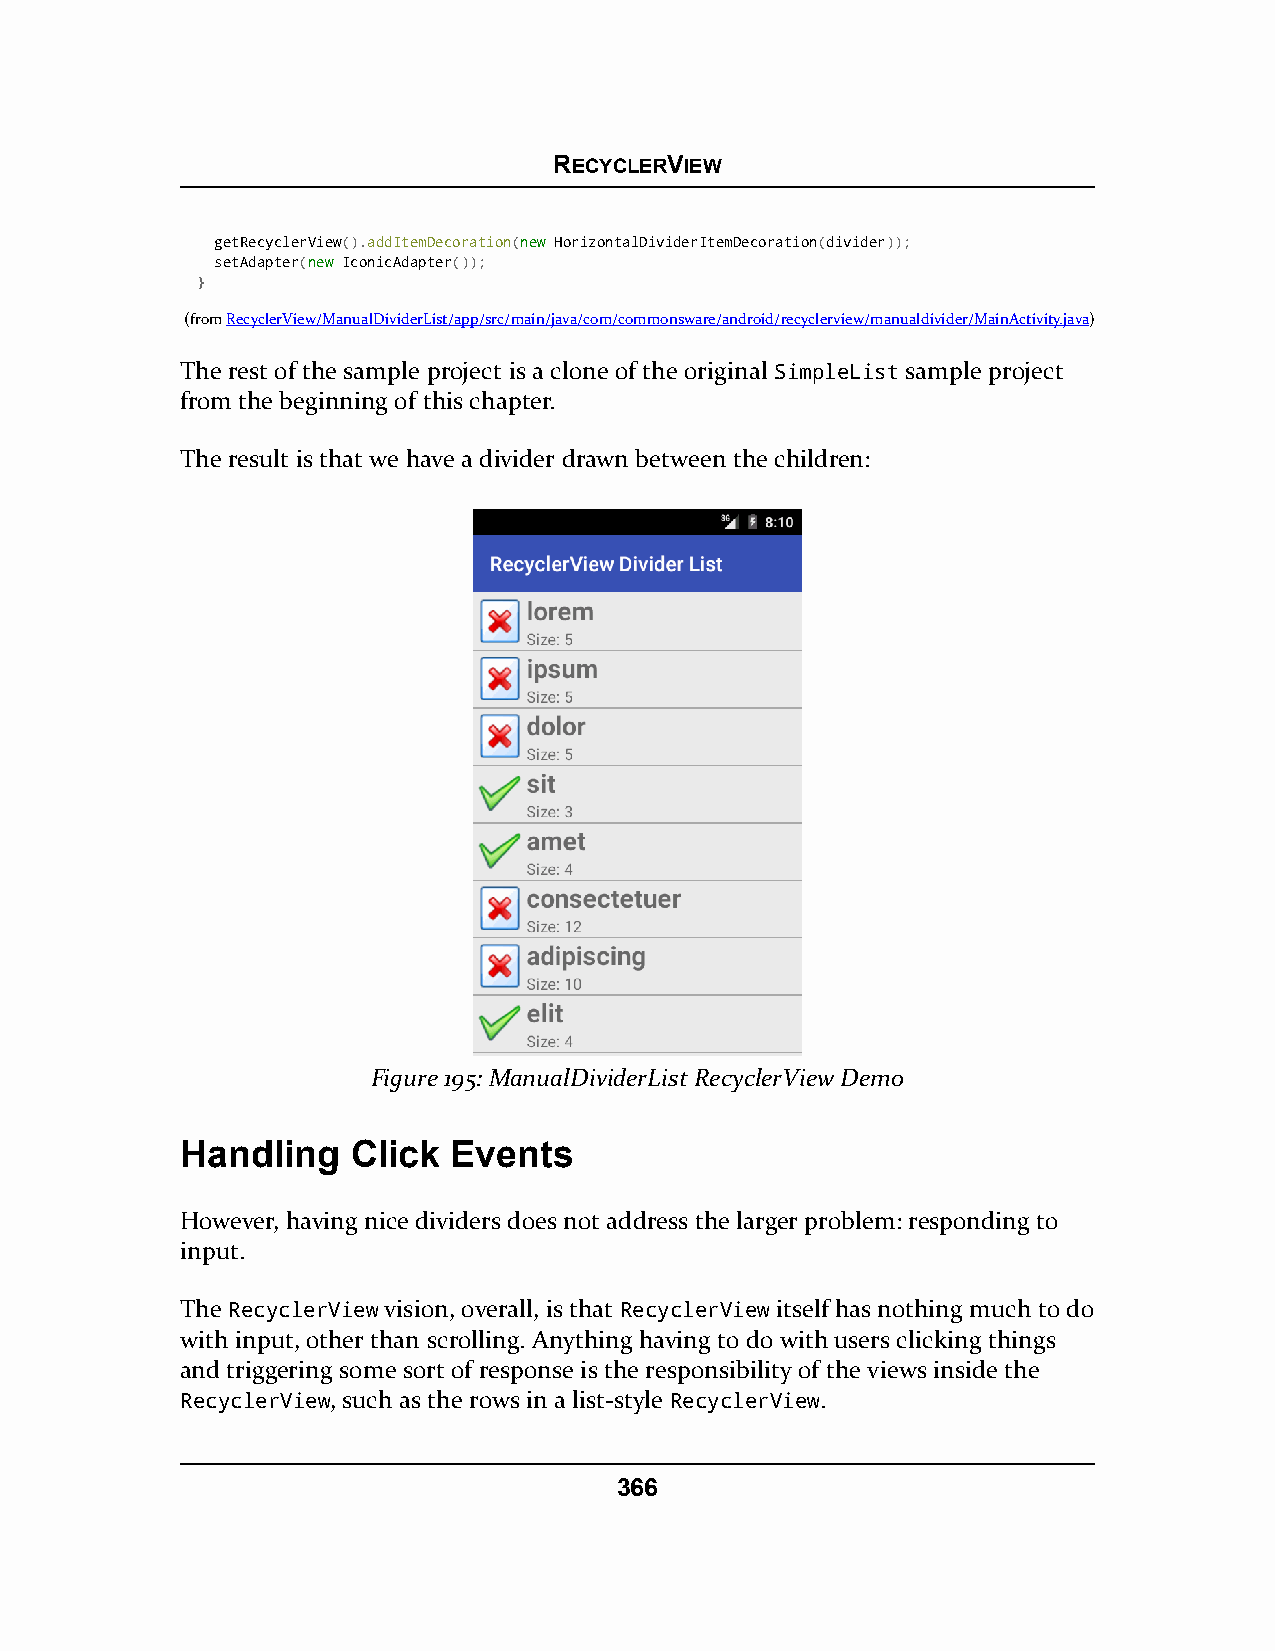
RECYCLERVIEW
 getRecyclerView().addItemDecoration(nneeww HorizontalDividerItemDecoration(divider));
 setAdapter(nneeww IconicAdapter());
 }
 (fromRecyclerView/ManualDividerList/app/src/main/java/com/commonsware/android/recyclerview/manualdivider/MainActivity.java)
 The rest of the sample project is a clone of the original SimpleList sample project
 from the beginning of this chapter.
 The result is that we have a divider drawn between the children:
 Figure 195: ManualDividerList RecyclerView Demo
 Handling   Click  Events
 However, having nice dividers does not address the larger problem: responding to
 input.
 The RecyclerView vision, overall, is that RecyclerView itself has nothing much to do
 with input, other than scrolling. Anything having to do with users clicking things
 and triggering some sort of response is the responsibility of the views inside the
 RecyclerView, such as the rows in a list-style RecyclerView.
 366